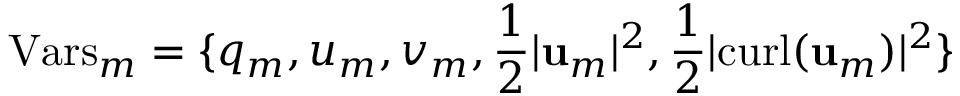
\mathrm { V a r s } _ { m } = \{ q _ { m } , u _ { m } , v _ { m } , \frac { 1 } { 2 } | \mathbf { u } _ { m } | ^ { 2 } , \frac { 1 } { 2 } | \mathrm { c u r l } ( \mathbf { u } _ { m } ) | ^ { 2 } \}